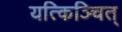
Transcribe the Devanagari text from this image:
यत्किञ्चित्